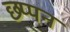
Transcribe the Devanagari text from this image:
छ्प्पन